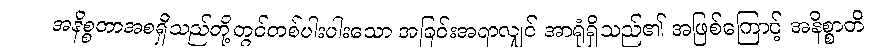
အနိစ္စတာအစရှိသည်တို့တွင်တစ်ပါးပါးသော အခြင်းအရာလျှင် အာရုံရှိသည်၏ အဖြစ်ကြောင့် အနိစ္စာတိ